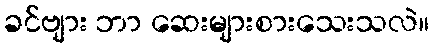
ခင်ဗျား ဘာ ဆေးများစားသေးသလဲ။